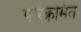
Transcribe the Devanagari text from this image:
परिक्रमित